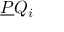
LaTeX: { \underline { { P } } } Q _ { i }